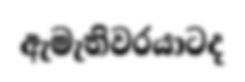
ඇමැතිවරයාටද